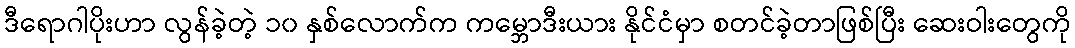
ဒီရောဂါပိုးဟာ လွန်ခဲ့တဲ့ ၁၀ နှစ်လောက်က ကမ္ဘောဒီးယား နိုင်ငံမှာ စတင်ခဲ့တာဖြစ်ပြီး ဆေးဝါးတွေကို